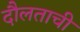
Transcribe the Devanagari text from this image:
दौलताची